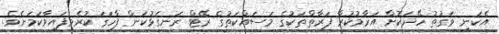
އެކަނި ވަގުތު ހޭދަކޮށް އަރާމުކުރާ ފަރާތްތަކުގެ މަސައްކަތުގެ ރޭޓް ރަނގަޅުކަން ފާހަގަ ކުރެވިފައިވާކަމަށެވެ.